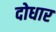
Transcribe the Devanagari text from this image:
दोधार